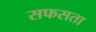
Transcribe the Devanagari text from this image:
सफसता